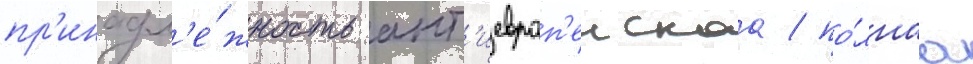
пр'инадл'е́жность ант'иевроп'еискаа / по́лнаа